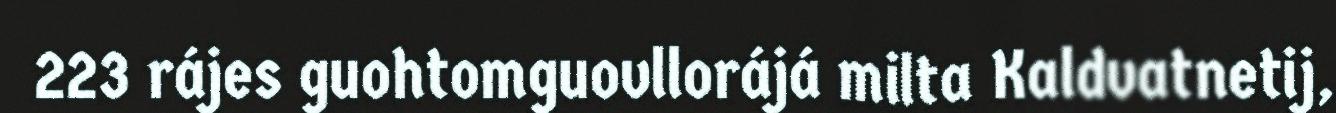
223 rájes guohtomguovllorájá milta Kaldvatnetij,